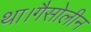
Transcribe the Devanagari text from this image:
था।गैसोलीन